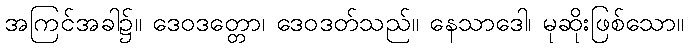
အကြင်အခါ၌။ ဒေဝဒတ္တော၊ ဒေဝဒတ်သည်။ နေသာဒေါ၊ မုဆိုးဖြစ်သော။